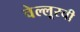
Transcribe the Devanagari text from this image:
वेल्लूरची